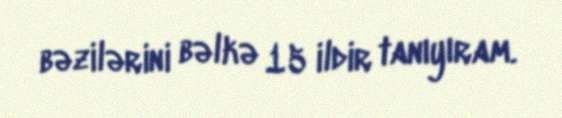
bəzilərini bəlkə 15 ildir tanıyıram.